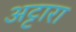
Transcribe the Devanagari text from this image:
अट्टारा